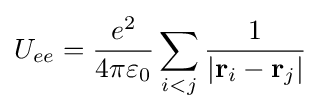
U_{ee}={\dfrac {e^{2}}{4\pi \varepsilon _{0}}}\sum _{i<j}{\dfrac {1}{|\mathbf {r} _{i}-\mathbf {r} _{j}|}}